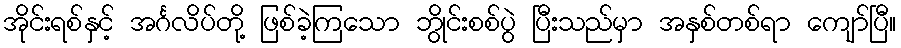
အိုင်းရစ်နှင့် အင်္ဂလိပ်တို့ ဖြစ်ခဲ့ကြသော ဘွိုင်းစစ်ပွဲ ပြီးသည်မှာ အနှစ်တစ်ရာ ကျော်ပြီ။